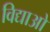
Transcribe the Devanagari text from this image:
विद्याओ